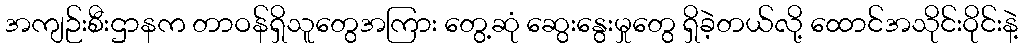
အကျဉ်းစီးဌာနက တာဝန်ရှိသူတွေအကြား တွေ့ဆုံ ဆွေးနွေးမှုတွေ ရှိခဲ့တယ်လို့ ထောင်အသိုင်းဝိုင်းနဲ့